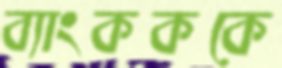
ব্যাংকককে